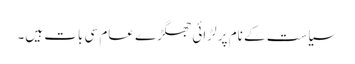
‏ سیاست کے نام پر لڑائی جھگڑے عام سی بات ہیں۔